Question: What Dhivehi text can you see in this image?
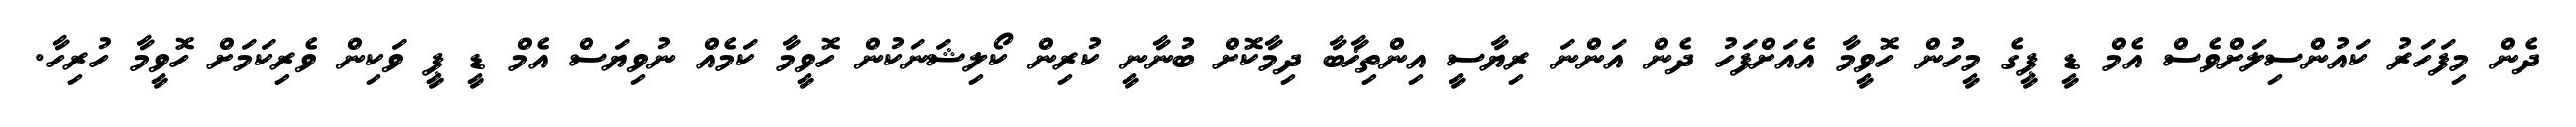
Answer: ދެން މިފަހަރު ކައުންސިލަށްވެސް އެމް ޑީ ޕީގެ މީހުން ހޮވީމާ އެއަށްފަހު ދެން އަންނަ ރިޔާސީ އިންތިޚާބާ ދިމާކޮށް ބުނާނީ ކުރިން ކޯލިޝަނަކުން ހޮވީމާ ކަމެއް ނުވިޔަސް އެމް ޑީ ޕީ ވަކިން ވެރިކަމަށް ހޮވީމާ ހުރިހާ.